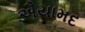
ઐયામદ